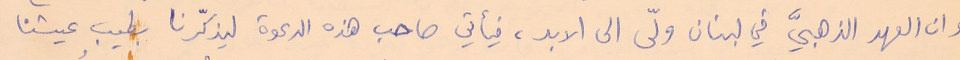
وان العهد الذهبيَّ في لبنان ولّى الى الابد، فيأتي صاحب هذه الدعوة ليذكّرنا بطيب عيشنا